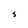
Character: S